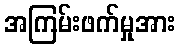
အကြမ်းဖက်မှုအား